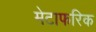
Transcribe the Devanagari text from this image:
मेटाफरिक